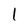
Character: 1